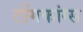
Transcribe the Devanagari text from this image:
टोंगकांग्स